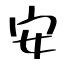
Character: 安